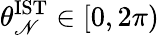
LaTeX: \theta_{\mathscr{N}}^{\mathrm{{IST}}}\in[0,2\pi)